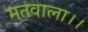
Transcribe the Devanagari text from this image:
मतवाला।।